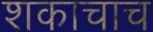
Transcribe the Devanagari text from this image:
शकाचाच